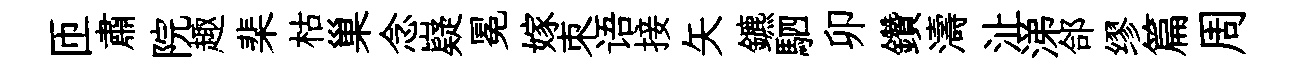
匝肅院趣棐枯巢念嶷冕嫁朿语接矢鑣駟卯鑽濤沚涕郃缪篇周